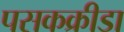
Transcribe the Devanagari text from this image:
पसकक्रीडा